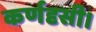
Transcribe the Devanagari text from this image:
कर्णदृसी।